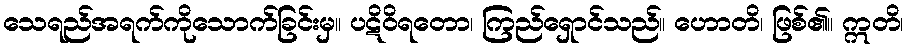
သေရည်အရက်ကိုသောက်ခြင်းမှ။ ပဋိဝိရတော၊ ကြည်ရှောင်သည်။ ဟောတိ၊ ဖြစ်၏။ ဣတိ၊